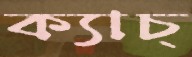
ক্যাচ্